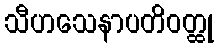
သီဟသေနာပတိဝတ္ထု